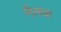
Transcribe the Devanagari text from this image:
मैलक